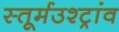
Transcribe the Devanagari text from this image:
स्तूर्मउश्ट्रांव